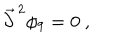
{ \vec { \partial } } ^ { \, 2 } \phi _ { 9 } = 0 \ ,